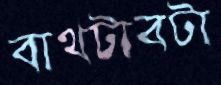
বাথটাবটা